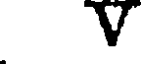
V